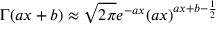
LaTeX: \Gamma ( a x + b ) \approx \sqrt { 2 \pi } e ^ { - a x } ( a x ) ^ { a x + b - \frac { 1 } { 2 } }